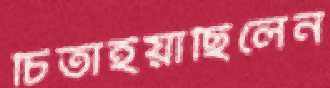
চিতাইয়াছিলেন